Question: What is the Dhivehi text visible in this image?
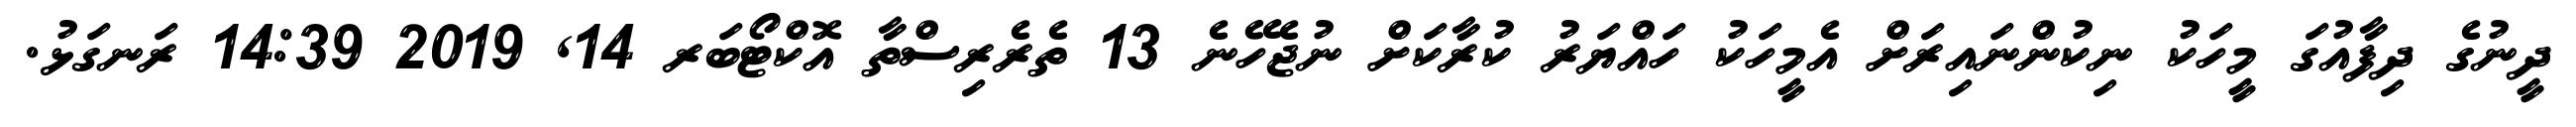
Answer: ދީނުގެ ދިފާއުގަ މީހަކު ނިކުންނައިރަށް އެމީހަކު ހައްޔަރު ކުރާކަށް ނުޖެހޭނެ 13 ތެރެރިސްތާ އޮކްޓޯބަރ 14, 2019 14:39 ރަނގަޅު.